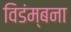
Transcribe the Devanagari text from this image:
विडंम्बना